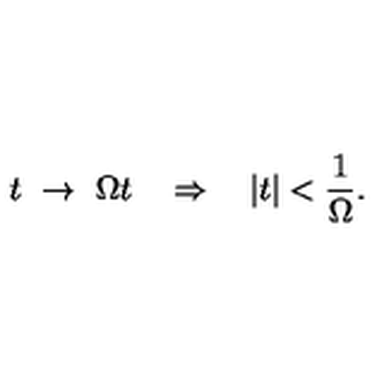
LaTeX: t \ \rightarrow \ \Omega t \quad \Rightarrow \quad | t | < \frac { 1 } { \Omega } .